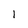
Character: 1